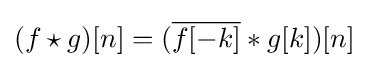
(f\star g)[n]=({\overline {f[-k]}}*g[k])[n]